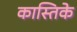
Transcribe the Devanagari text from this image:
कास्तिके